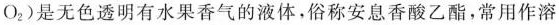
O_{2} )是无色透明有水果香气的液体，俗称安息香酸乙酯，常用作溶